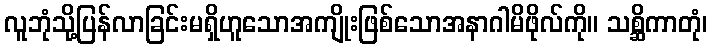
လူဘုံသို့ပြန်လာခြင်းမရှိဟူသောအကျိုးဖြစ်သောအနာဂါမိဖိုလ်ကို။ သစ္ဆိကာတုံ၊